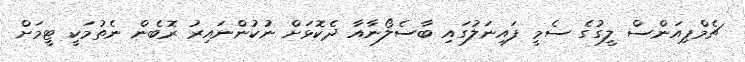
ޗެމްޕިއަންސް ލީގުގެ ސެމީ ފައިނަލުގައި ބާސެލޯނާއާ ދެކޮޅަށް ނުކުުންނައިރު ރޮބެން ނެތުމަކީ ޓީމަށް